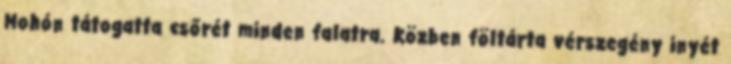
Mohón tátogatta csőrét minden falatra. Közben föltárta vérszegény inyét